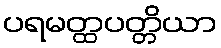
ပရမတ္ထပတ္တိယာ